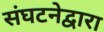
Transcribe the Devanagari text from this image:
संघटनेद्वारा